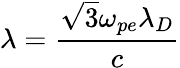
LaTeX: \lambda=\frac{\sqrt{3}\omega_{pe}\lambda_{D}}{c}